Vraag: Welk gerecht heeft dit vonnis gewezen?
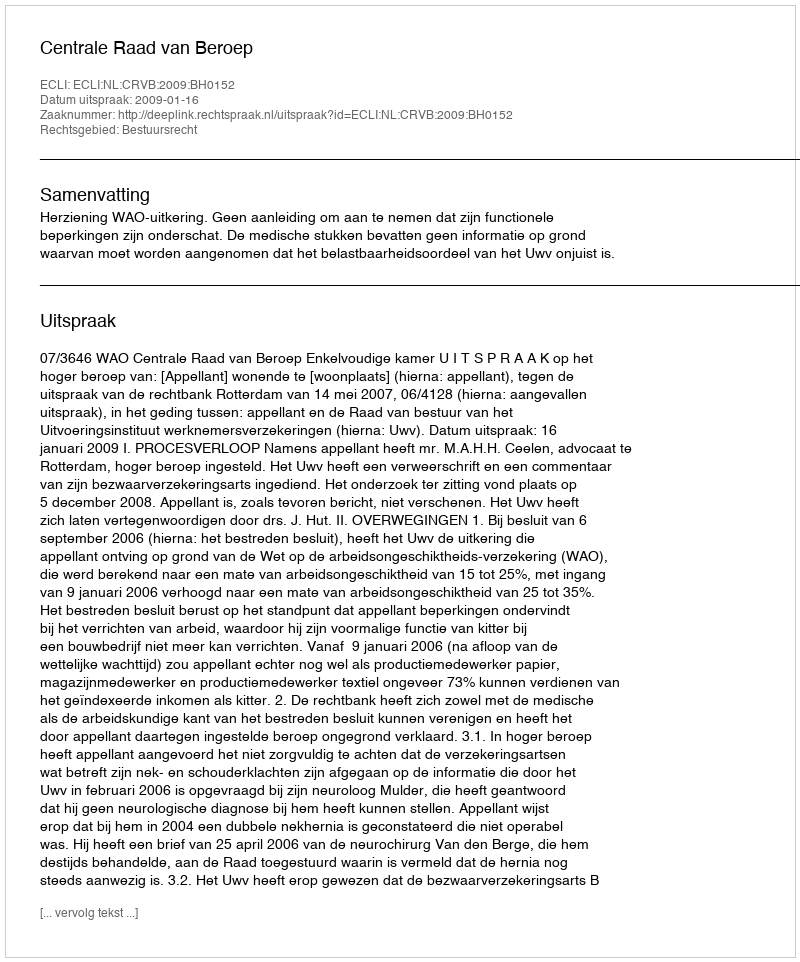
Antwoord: Centrale Raad van Beroep